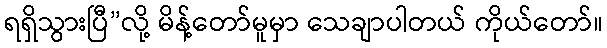
ရရှိသွားပြီ”လို့ မိန့်တော်မူမှာ သေချာပါတယ် ကိုယ်တော်။